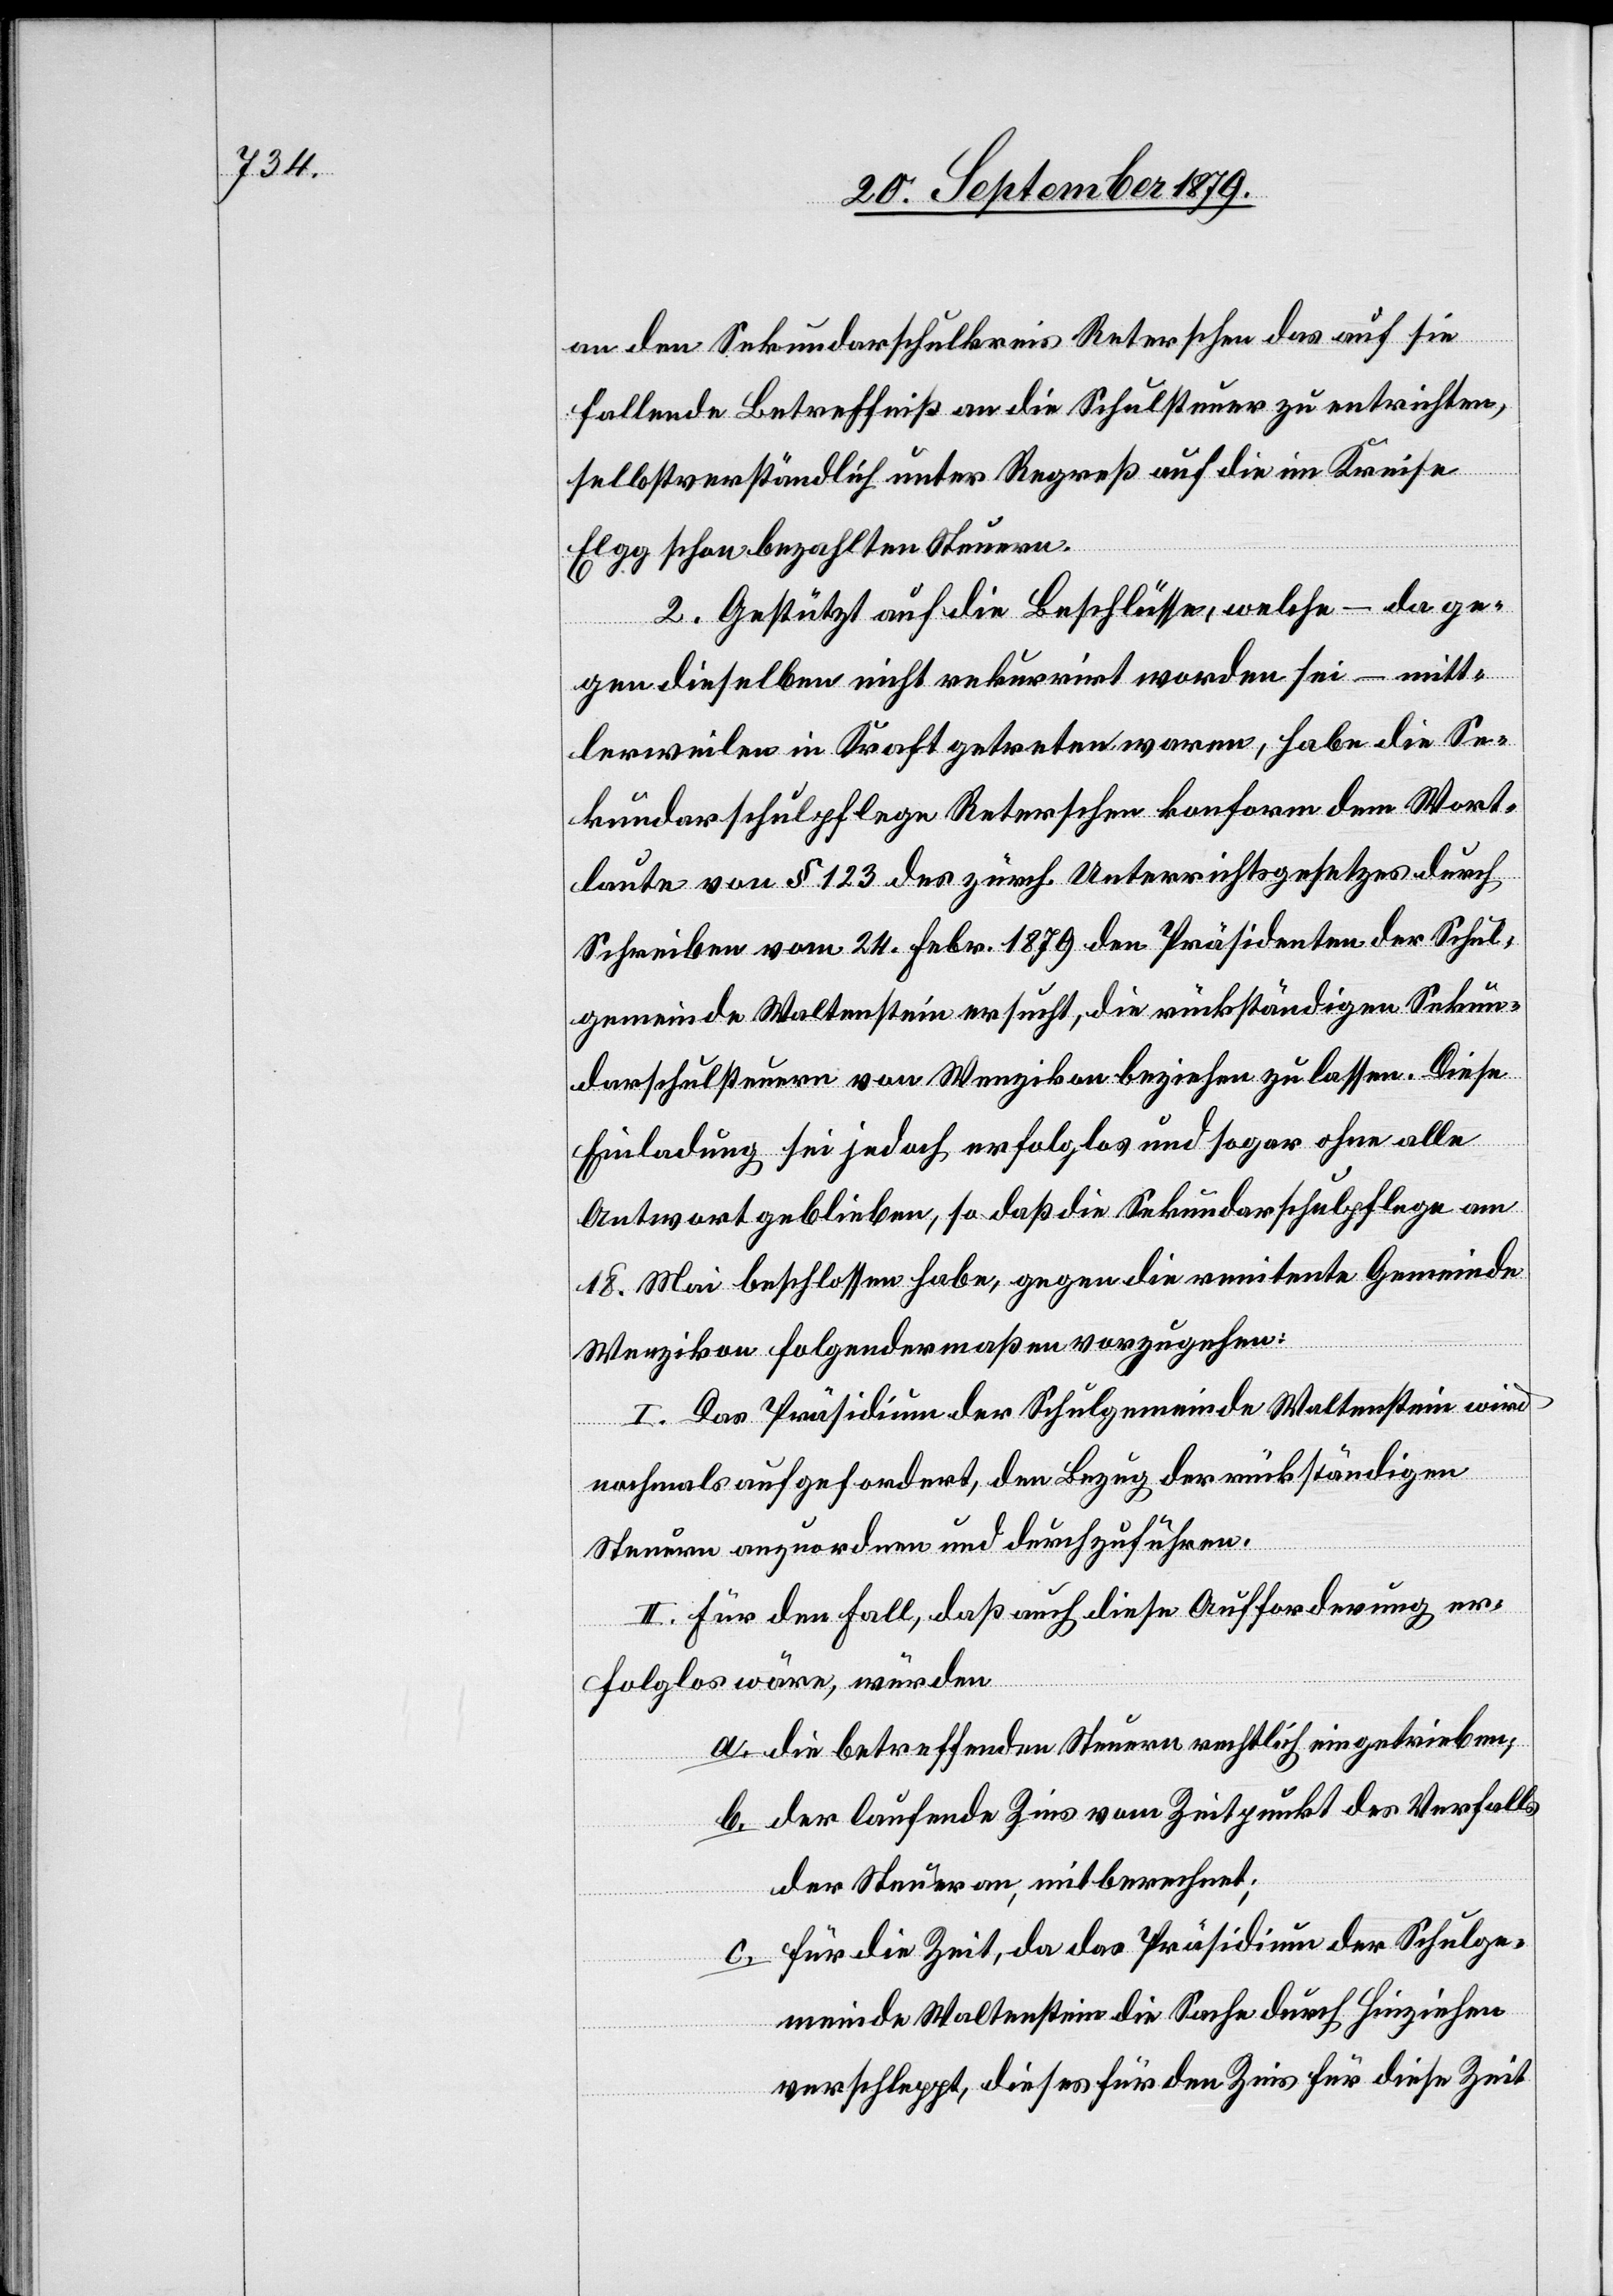
an den Sekundarschulkreis Reterschen das auf sie
fallende Betreffniß an die Schulsteuer zu entrichten,
selbstverständlich unter Regreß auf die im Kreise
Elgg schon bezahlten Steuern.
2. Gestützt auf die Beschlüsse, welche – da ge¬
gen dieselben nicht rekurrirt worden sei – mitt¬
lerweilen in Kraft getreten waren, habe die Se¬
kundarschulpflege Reterschen konform dem Wort¬
laute von § 123 des zürch. Unterrichtsgesetzes durch
Schreiben vom 24. Febr. 1879 den Präsidenten der Schul¬
gemeinde Waltenstein ersucht, die rückständigen Sekun¬
darschulsteuern von Wenzikon beziehen zu lassen. Diese
Einladung sei jedoch erfolglos und sogar ohne alle
Antwort geblieben, so daß die Sekundarschulpflege am
18. Mai beschlossen habe, gegen die renitente Gemeinde
Wenzikon folgendermaßen vorzugehen:
I. Das Präsidium der Schulgemeinde Waltenstein wird
nochmals aufgefordert, den Bezug der rückständigen
Steuern anzuordnen und durchzuführen.
II. Für den Fall, das auch diese Aufforderung er¬
folglos wäre, würden
a. die betreffenden Steuern rechtlich eingetrieben;
b. der laufende Zins vom Zeitpunkt des Verfalls
der Steuern an, mitberechnet;
c. für die Zeit, da das Präsidium der Schulge¬
meinde Waltenstein die Sache durch Hinziehen
verschleppt, dieses für den Zins für diese Zeit